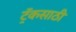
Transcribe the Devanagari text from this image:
ट्रॅकसाठी